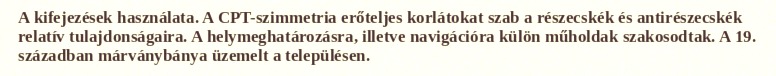
A kifejezések használata. A CPT-szimmetria erőteljes korlátokat szab a részecskék és antirészecskék relatív tulajdonságaira. A helymeghatározásra, illetve navigációra külön műholdak szakosodtak. A 19. században márványbánya üzemelt a településen.